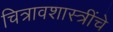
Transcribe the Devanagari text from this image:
चित्रावशास्त्रींचे